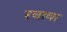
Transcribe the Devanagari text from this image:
रचावा